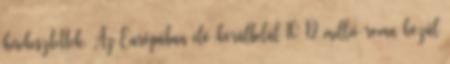
kirekesztettek. Az Európában élő körülbelül 10–12 millió roma közül